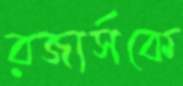
রজার্সকে